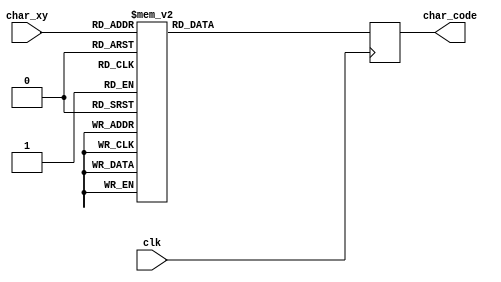
`timescale 1ns / 1ps
//////////////////////////////////////////////////////////////////////////////////
// Company: 
// Engineer: 
// 
// Design Name: 
// Module Name: char_rom_16x16
// Project Name: 
// Target Devices: 
// Tool Versions: 
// Description: 
// 
// Dependencies: 
// 
// Revision:
// Revision 0.01 - File Created
// Additional Comments:
// 
//////////////////////////////////////////////////////////////////////////////////


module char_rom_16x16(
    input wire [7:0] char_xy,
    input wire clk,
    
    output reg [6:0] char_code
    );
    
    reg [6:0] data;

    
   always @* begin
            case (char_xy)
    
 		        8'h00: data = 7'b1001010; //J
                8'h01: data = 7'b1100101; //e
                8'h02: data = 7'b1100100; //d
                8'h03: data = 7'b1111010; //z
                8'h04: data = 7'b1100001; //a
                8'h05: data = 7'b0101100; //,
                8'h06: data = 7'b0100000; // 
                8'h07: data = 7'b1110000; //p
                8'h08: data = 7'b1101001; //i
                8'h09: data = 7'b1101010; //j
                8'h0a: data = 7'b1100001; //a
                8'h0b: data = 7'b0101100; //,
                8'h0c: data = 7'b0100000; // 
                8'h0d: data = 7'b1101100; //l
                8'h0e: data = 7'b1110101; //u
                8'h0f: data = 7'b1101100; //l
                8'h10: data = 7'b1101011; //k
                8'h11: data = 7'b1101001; //i
                8'h12: data = 7'b0100000; // 
                8'h13: data = 7'b1110000; //p
                8'h14: data = 7'b1100001; //a
                8'h15: data = 7'b1101100; //l
                8'h16: data = 7'b1100001; //a
                8'h17: data = 7'b0101100; //,
                8'h18: data = 7'b0100000; // 
                8'h19: data = 7'b1010100; //T
                8'h1a: data = 7'b1100001; //a
                8'h1b: data = 7'b1101110; //n
                8'h1c: data = 7'b1100011; //c
                8'h1d: data = 7'b1100101; //e
                8'h1e: data = 7'b0101100; //,
                8'h1f: data = 7'b0100000; // 
                8'h20: data = 7'b1101000; //h
                8'h21: data = 7'b1110101; //u
                8'h22: data = 7'b1101100; //l
                8'h23: data = 7'b1100001; //a
                8'h24: data = 7'b1101110; //n
                8'h25: data = 7'b1101011; //k
                8'h26: data = 7'b1100001; //a
                8'h27: data = 7'b0101100; //,
                8'h28: data = 7'b0100000; // 
                8'h29: data = 7'b1110011; //s
                8'h2a: data = 7'b1110111; //w
                8'h2b: data = 7'b1100001; //a
                8'h2c: data = 7'b1110111; //w
                8'h2d: data = 7'b1101111; //o
                8'h2e: data = 7'b1101100; //l
                8'h2f: data = 7'b1100001; //a
                8'h30: data = 7'b0111011; //;
                8'h31: data = 7'b0100000; // 
                8'h32: data = 7'b1001100; //L
                8'h33: data = 7'b1100101; //e
                8'h34: data = 7'b1100100; //d
                8'h35: data = 7'b1110111; //w
                8'h36: data = 7'b1101001; //i
                8'h37: data = 7'b1100101; //e
                8'h38: data = 7'b0100000; // 
                8'h39: data = 7'b1101011; //k
                8'h3a: data = 7'b1100001; //a
                8'h3b: data = 7'b1110010; //r
                8'h3c: data = 7'b1100011; //c
                8'h3d: data = 7'b1111010; //z
                8'h3e: data = 7'b1101101; //m
                8'h3f: data = 7'b1111001; //y
                8'h40: data = 7'b0100000; // 
                8'h41: data = 7'b1101110; //n
                8'h42: data = 7'b1101001; //i
                8'h43: data = 7'b1100101; //e
                8'h44: data = 7'b0100000; // 
                8'h45: data = 7'b1110010; //r
                8'h46: data = 7'b1101111; //o
                8'h47: data = 7'b1111010; //z
                8'h48: data = 7'b1110111; //w
                8'h49: data = 7'b1100001; //a
                8'h4a: data = 7'b1101100; //l
                8'h4b: data = 7'b1100001; //a
                8'h4c: data = 7'b0101100; //,
                8'h4d: data = 7'b0100000; // 
                8'h4e: data = 7'b1000011; //C
                8'h4f: data = 7'b1101000; //h
                8'h50: data = 7'b1100001; //a
                8'h51: data = 7'b0101100; //,
                8'h52: data = 7'b0100000; // 
                8'h53: data = 7'b1100011; //c
                8'h54: data = 7'b1101000; //h
                8'h55: data = 7'b1100001; //a
                8'h56: data = 7'b0100001; //!
                8'h57: data = 7'b0100000; // 
                8'h58: data = 7'b1100011; //c
                8'h59: data = 7'b1101000; //h
                8'h5a: data = 7'b1101001; //i
                8'h5b: data = 7'b0101100; //,
                8'h5c: data = 7'b0100000; // 
                8'h5d: data = 7'b1100011; //c
                8'h5e: data = 7'b1101000; //h
                8'h5f: data = 7'b1101001; //i
                8'h60: data = 7'b0100001; //!
                8'h61: data = 7'b0100000; // 
                8'h62: data = 7'b1101000; //h
                8'h63: data = 7'b1100101; //e
                8'h64: data = 7'b1101010; //j
                8'h65: data = 7'b1111010; //z
                8'h66: data = 7'b1100101; //e
                8'h67: data = 7'b0100001; //!
                8'h68: data = 7'b0100000; // 
                8'h69: data = 7'b1101000; //h
                8'h6a: data = 7'b1101111; //o
                8'h6b: data = 7'b1101100; //l
                8'h6c: data = 7'b1100001; //a
                8'h6d: data = 7'b0100001; //!
                8'h6e: data = 7'b0100000; // 
                8'h6f: data = 7'b1010100; //T
                8'h70: data = 7'b1110111; //w
                8'h71: data = 7'b1100001; //a
                8'h72: data = 7'b1110010; //r
                8'h73: data = 7'b1100100; //d
                8'h74: data = 7'b1101111; //o
                8'h75: data = 7'b1110111; //w
                8'h76: data = 7'b1110011; //s
                8'h77: data = 7'b1101011; //k
                8'h78: data = 7'b1101001; //i
                8'h79: data = 7'b0100000; // 
                8'h7a: data = 7'b1110011; //s
                8'h7b: data = 7'b1101001; //i
                8'h7c: data = 7'b1100001; //a
                8'h7d: data = 7'b1100100; //d
                8'h7e: data = 7'b1101100; //l
                8'h7f: data = 7'b0100000; // 
                8'h80: data = 7'b1110111; //w
                8'h81: data = 7'b0100000; // 
                8'h82: data = 7'b1101011; //k
                8'h83: data = 7'b1101111; //o
                8'h84: data = 7'b1101110; //n
                8'h85: data = 7'b1100011; //c
                8'h86: data = 7'b1110101; //u
                8'h87: data = 7'b0100000; // 
                8'h88: data = 7'b1110011; //s
                8'h89: data = 7'b1110100; //t
                8'h8a: data = 7'b1101111; //o
                8'h8b: data = 7'b1101100; //l
                8'h8c: data = 7'b1100001; //a
                8'h8d: data = 7'b0101100; //,
                8'h8e: data = 7'b0100000; // 
                8'h8f: data = 7'b1010000; //P
                8'h90: data = 7'b1101111; //o
                8'h91: data = 7'b1100100; //d
                8'h92: data = 7'b1110000; //p
                8'h93: data = 7'b1100001; //a
                8'h94: data = 7'b1110010; //r
                8'h95: data = 7'b1101100; //l
                8'h96: data = 7'b0100000; // 
                8'h97: data = 7'b1110011; //s
                8'h98: data = 7'b1101001; //i
                8'h99: data = 7'b1101010; //
                8'h9a: data = 7'b0100000; // 
                8'h9b: data = 7'b1110111; //w
                8'h9c: data = 7'b0100000; // 
                8'h9d: data = 7'b1100010; //b
                8'h9e: data = 7'b1101111; //o
                8'h9f: data = 7'b1101011; //k
                8'ha0: data = 7'b1101001; //i
                8'ha1: data = 7'b0100000; // 
                8'ha2: data = 7'b1101010; //j
                8'ha3: data = 7'b1100001; //a
                8'ha4: data = 7'b1101011; //k
                8'ha5: data = 7'b0100000; // 
                8'ha6: data = 7'b1100010; //b
                8'ha7: data = 7'b1100001; //a
                8'ha8: data = 7'b1110011; //s
                8'ha9: data = 7'b1111010; //z
                8'haa: data = 7'b1100001; //a
                8'hab: data = 7'b0111010; //:
                8'hac: data = 7'b0000100; //
                8'had: data = 7'b1001000; //H
                8'hae: data = 7'b1110101; //u
                8'haf: data = 7'b1101100; //l
                8'hb0: data = 7'b1100001; //a
                8'hb1: data = 7'b1101010; //j
                8'hb2: data = 7'b0100000; // 
                8'hb3: data = 7'b1100100; //d
                8'hb4: data = 7'b1110101; //u
                8'hb5: data = 7'b1110011; //s
                8'hb6: data = 7'b1111010; //z
                8'hb7: data = 7'b1100001; //a
                8'hb8: data = 7'b0100001; //!
                8'hb9: data = 7'b0100000; // 
                8'hba: data = 7'b1101000; //h
                8'hbb: data = 7'b1110101; //u
                8'hbc: data = 7'b1101100; //l
                8'hbd: data = 7'b1100001; //a
                8'hbe: data = 7'b1101010; //j
                8'hbf: data = 7'b0100001; //!
                8'hc0: data = 7'b0010100; //"
                8'hc1: data = 7'b0100000; // 
                8'hc2: data = 7'b1110111; //w
                8'hc3: data = 7'b1101111; //o
                8'hc4: data = 7'b1101100; //l
                8'hc5: data = 7'b1100001; //a
                8'hc6: data = 7'b0101100; //,
                8'hc7: data = 7'b0100000; // 
                8'hc8: data = 7'b1110011; //s
                8'hc9: data = 7'b1101101; //m
                8'hca: data = 7'b1101001; //i
                8'hcb: data = 7'b1100101; //e
                8'hcc: data = 7'b1110011; //s
                8'hcd: data = 7'b1111010; //z
                8'hce: data = 7'b1111001; //y
                8'hcf: data = 7'b0101100; //,
                8'hd0: data = 7'b0100000; // 
                8'hd1: data = 7'b1110100; //t
                8'hd2: data = 7'b1110101; //u
                8'hd3: data = 7'b1101101; //m
                8'hd4: data = 7'b1100001; //a
                8'hd5: data = 7'b1101110; //n
                8'hd6: data = 7'b1101001; //i
                8'hd7: data = 7'b0101100; //,
                8'hd8: data = 7'b0100000; // 
                8'hd9: data = 7'b1110000; //p
                8'hda: data = 7'b1110010; //r
                8'hdb: data = 7'b1111010; //z
                8'hdc: data = 7'b1100101; //e
                8'hdd: data = 7'b1110011; //s
                8'hde: data = 7'b1110100; //t
                8'hdf: data = 7'b1110010; //r
                8'he0: data = 7'b1100001; //a
                8'he1: data = 7'b1110011; //s
                8'he2: data = 7'b1111010; //z
                8'he3: data = 7'b1100001; //a
                8'he4: data = 7'b0101110; //.
                8'he5: data = 7'b0100000; // 
                8'he6: data = 7'b1011010; //Z
                8'he7: data = 7'b1101111; //o
                8'he8: data = 7'b1101100; //l
                8'he9: data = 7'b1101110; //n
                8'hea: data = 7'b1101001; //i
                8'heb: data = 7'b1100101; //e
                8'hec: data = 7'b1110010; //r
                8'hed: data = 7'b1111010; //z
                8'hee: data = 7'b1101111; //o
                8'hef: data = 7'b1110111; //w
                8'hf0: data = 7'b1101001; //i
                8'hf1: data = 7'b0100000; // 
                8'hf2: data = 7'b1100011; //c
                8'hf3: data = 7'b1101111; //o
                8'hf4: data = 7'b0100000; // 
                8'hf5: data = 7'b1100111; //g
                8'hf6: data = 7'b1110010; //r
                8'hf7: data = 7'b1100001; //a
                8'hf8: data = 7'b1101100; //l
                8'hf9: data = 7'b0100000; // 
                8'hfa: data = 7'b1111010; //z
                8'hfb: data = 7'b1110101; //u
                8'hfc: data = 7'b1100011; //c
                8'hfd: data = 7'b1101000; //h
                8'hfe: data = 7'b1100001; //a
                8'hff: data = 7'b0101110; //.
    
            endcase    
end
    


always @(posedge clk) begin 
            char_code <= data;
            end    
 
endmodule